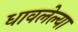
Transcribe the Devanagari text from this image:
धावलेल्या